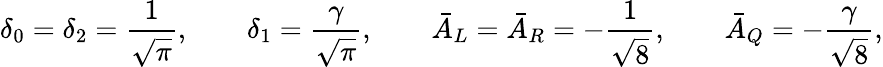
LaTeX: \delta_{0}=\delta_{2}=\frac{1}{\sqrt{\pi}},\qquad\delta_{1}=\frac{\gamma}{\sqrt{\pi}},\qquad\bar{A}_{{L}}=\bar{A}_{{R}}=-\frac{1}{\sqrt{8}},\qquad\bar{A}_{{Q}}=-\frac{\gamma}{\sqrt{8}},